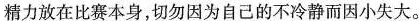
精力放在比赛本身，切勿因为自己的不冷静而\underset{·}{因}\underset{·}{小}\underset{·}{失}\underset{·}{大}。